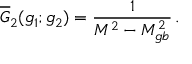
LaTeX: \overline { { G } } _ { 2 } ( g _ { 1 } ; g _ { 2 } ) = { \frac { 1 } { M ^ { 2 } - M _ { g b } ^ { 2 } } } \, .